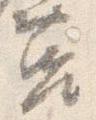
莒